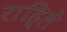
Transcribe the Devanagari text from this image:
राहि्ले